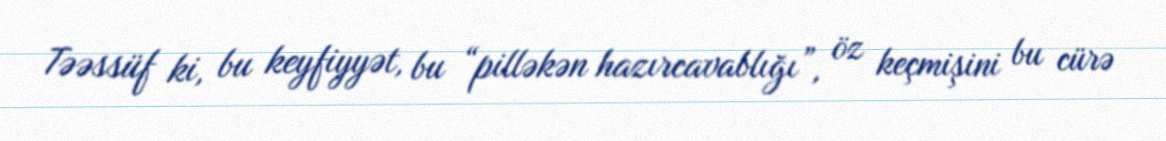
Təəssüf ki, bu keyfiyyət, bu “pilləkən hazırcavablığı”, öz keçmişini bu cürə